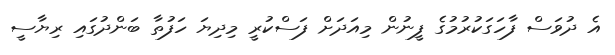
އެ ދުވަސް ފާހަގަކުރުމުގެ ފީނުން މިއަދަށް ފަސްކުރީ މިދިޔަ ހަފުތާ ބަންދުގައި ރިޔާސީ